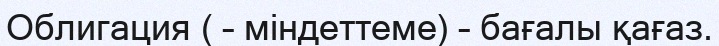
Облигация ( – міндеттеме) – бағалы қағаз.